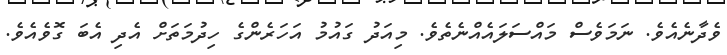
ވެދާނެއެވެ. ނަމަވެސް މައްސަލައެއްނެތެވެ. މިއަދު ގައުމު އަހަރެންގެ ހިދުމަތަށް އެދި އެބަ ގޮވެއެވެ.